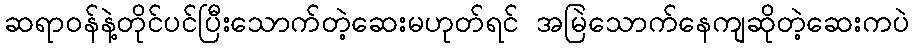
ဆရာဝန်နဲ့တိုင်ပင်ပြီးသောက်တဲ့ဆေးမဟုတ်ရင် အမြဲသောက်နေကျဆိုတဲ့ဆေးကပဲ